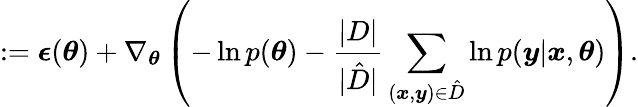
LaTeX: :=\boldsymbol{\epsilon}(\boldsymbol{\theta})+\nabla_{\boldsymbol{\theta}}\left(-\ln{p(\boldsymbol{\theta})}-\frac{|D|}{|\hat{D}|}\sum_{(\boldsymbol{x},\boldsymbol{y})\in\hat{D}}\ln{p(\boldsymbol{y}|\boldsymbol{x},\boldsymbol{\theta})}\right).